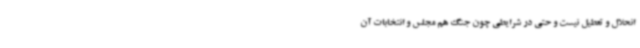
انحلال و تعطیل نیست و حتی در شرایطی چون جنگ هم مجلس و انتخابات آن